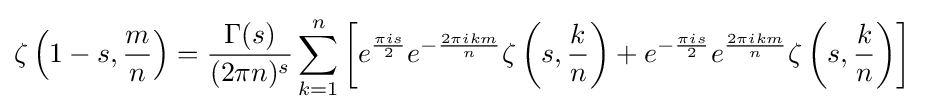
\zeta \left(1-s,{\frac {m}{n}}\right)={\frac {\Gamma (s)}{(2\pi n)^{s}}}\sum _{k=1}^{n}\left[e^{\frac {\pi is}{2}}e^{-{\frac {2\pi ikm}{n}}}\zeta \left(s,{\frac {k}{n}}\right)+e^{-{\frac {\pi is}{2}}}e^{\frac {2\pi ikm}{n}}\zeta \left(s,{\frac {k}{n}}\right)\right]